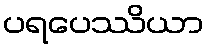
ပရပေဿိယာ